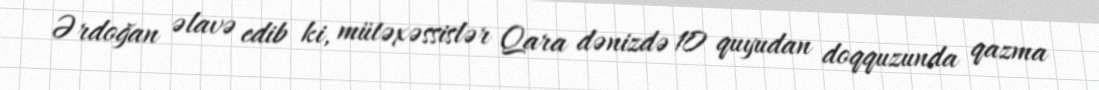
Ərdoğan əlavə edib ki, mütəxəssislər Qara dənizdə 10 quyudan doqquzunda qazma